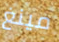
مينغ